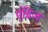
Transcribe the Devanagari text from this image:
एंडिज